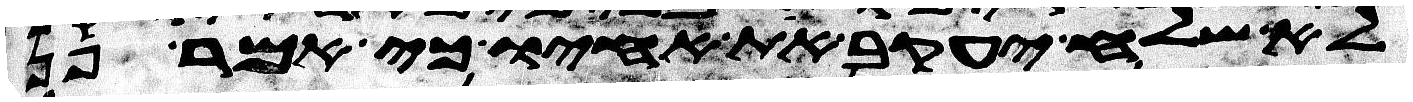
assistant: לא שלח יעקב את אחיו כי אמר פן